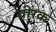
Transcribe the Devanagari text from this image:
वीरक